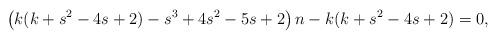
LaTeX: \begin{align*}\left(k(k+s^2-4s+2)-s^3+4s^2-5s+2\right)n-k(k+s^2-4s+2)=0,\end{align*}